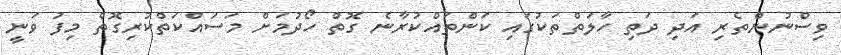
ވިސްނުންތެރި އަދި ދަތި ހާލަތްތަކުގައި ކަންތައްކުރާނެ ގޮތް ހޯދުމަށް މަސައްކަތްކުރިގޮތް މިފު ވަނީ